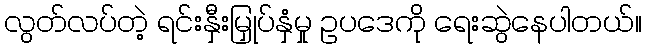
လွတ်လပ်တဲ့ ရင်းနှီးမြှုပ်နှံမှု ဥပဒေကို ရေးဆွဲနေပါတယ်။